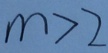
m > 2